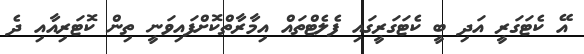
އޭ ކެޓަގަރީ އަދި ބީ ކެޓަގަރީގައި ފެލެޓްތައް އިމާރާތްކޮށްފައިވަނީ ތިން ކޮޓަރިއާއި ދެ